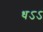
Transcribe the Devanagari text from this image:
धऽऽ